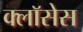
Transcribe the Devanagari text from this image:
क्लाॅसेस